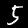
Digit: 5